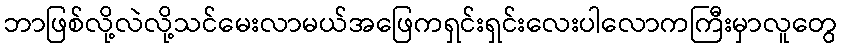
ဘာဖြစ်လို့လဲလို့သင်မေးလာမယ်အဖြေကရှင်းရှင်းလေးပါလောကကြီးမှာလူတွေ